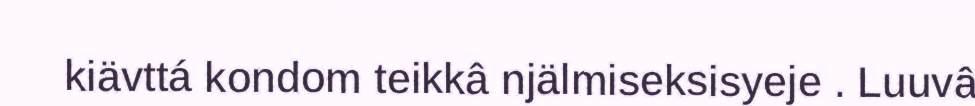
kiävttá kondom teikkâ njälmiseksisyeje . Luuvâ